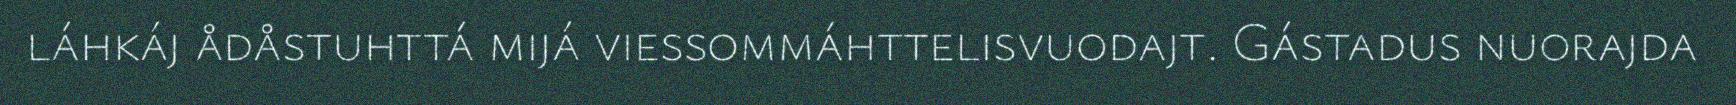
láhkáj ådåstuhttá mijá viessommáhttelisvuodajt. Gástadus nuorajda